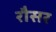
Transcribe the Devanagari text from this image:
रौसर